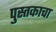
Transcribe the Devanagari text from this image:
पु्स्तकाचा